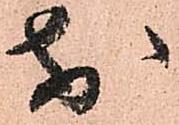
於